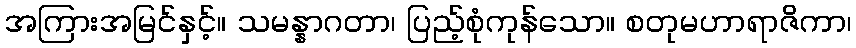
အကြားအမြင်နှင့်။ သမန္နာဂတာ၊ ပြည့်စုံကုန်သော။ စတုမဟာရာဇိကာ၊